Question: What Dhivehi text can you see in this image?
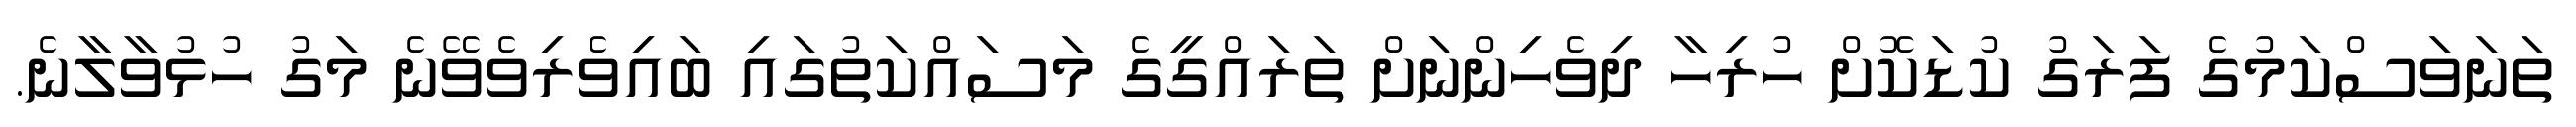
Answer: ތަނަވަސްކަމުގެ ފަރަގު ކުޑަކޮށް ހުރިހާ ދިވެހިންނަށް ތަރައްގީގެ މަސައްކަތުގައި ބައިވެރިވެވޭނެ މަގު ހުޅުވާލާނެ.